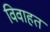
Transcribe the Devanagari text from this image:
विवाहत